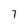
Character: 7